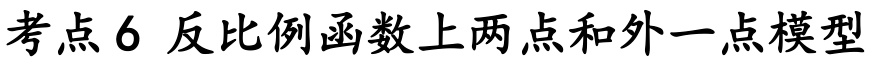
考点 6 反比例函数上两点和外一点模型